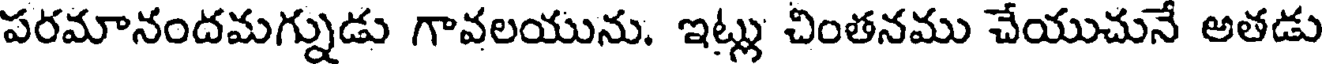
పరమానందమగ్నుడు గావలయును. ఇట్లు చింతనము చేయుచునే అతడు